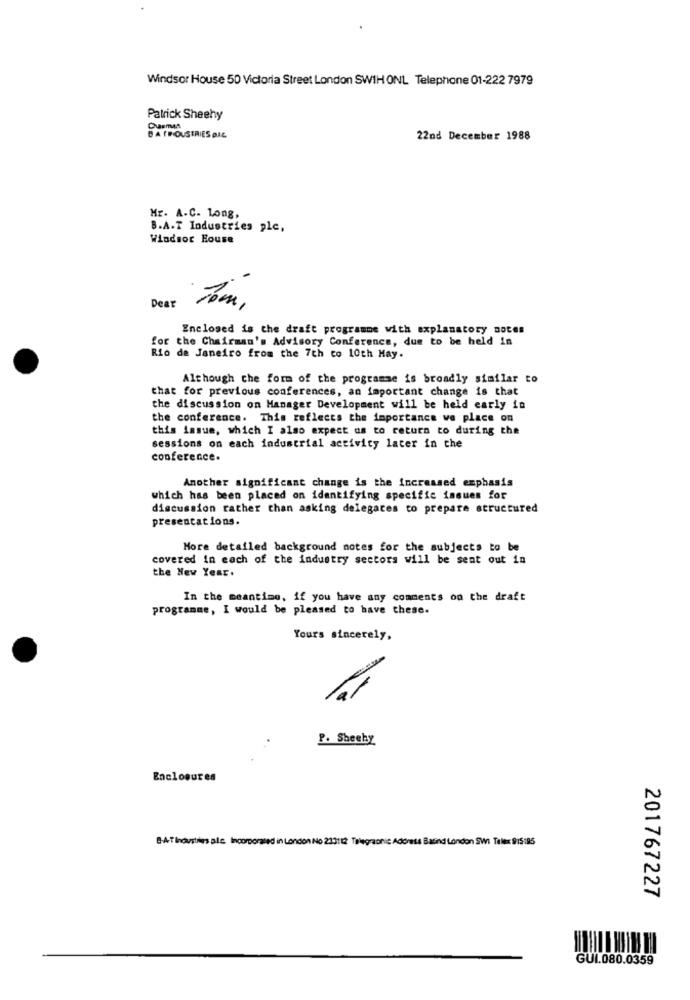
Windsor House 50 Victoria Street London SWIH ONL Telephone 01-222 7979
Patrick Sheehy
BA TOUSTRIES DAL
22nd December 1988
Mr. A.C. Long,
B.A.T Industries plc,
Windsor House
Dear
Join ,
Enclosed is the draft programme with explanatory notes
for the Chairman's Advisory Conference, due to be held in
Rio de Janeiro from the 7th to 10th May.
Although the form of the programme is broadly similar to
that for previous conferences, an important change is that
the discussion on Manager Development will be held early in
the conference. This reflects the importance ve place on
this issue, which I also expect as to return to during the
sessions on each industrial activity later in che
conference.
Another significant change is the increased emphasis
which has been placed on identifying specific issues for
discussion rather than asking delegates to prepare structured
presentations.
More detailed background notes for the subjects to be
covered in each of the industry sectors will be sent out in
the New Year.
In the meantime, if you have any comments on the draft
programme, I would be pleased to have these.
Yours sincerely,
-
P. Sheehy
Enclosures
8-AT Industries alle Incorporated in London No 233112 Telegraonic Address Basind London SWI Telex 915195
201767227
GUI.080.0359